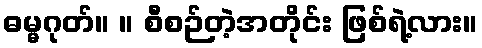
ဓမ္မဂုတ်။ ။ စီစဉ်တဲ့အတိုင်း ဖြစ်ရဲ့လား။